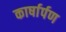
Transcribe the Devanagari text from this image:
कार्षार्पण